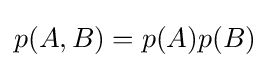
p(A,B)=p(A)p(B)